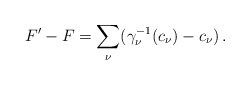
\begin{align*}F^\prime - F =\sum_\nu(\gamma_\nu^{-1}(c_\nu) - c_\nu)\,.\end{align*}